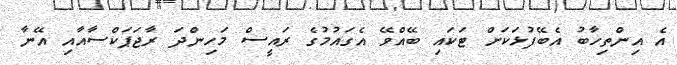
އެ އިންތިހާބު އެބޭފުޅަކަށް ޓަކައި ބޭއްވޭ އެގައުމުގެ ރައީސް މަހިންދަ ރާޖަޕަކްސާއާއި އޭނާ